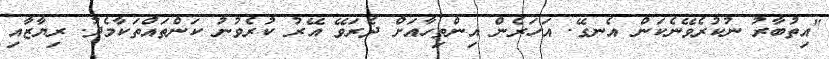
"އިތުބާރު ނުކުރެވޭނެކަން އެނގޭ. އަހަރެން އިންތިހާއަށް ދެރަވޭ އޭރު ކުރެވުނު ކަންތައްތަކާމެދު. ރިޔާޒާއި